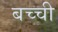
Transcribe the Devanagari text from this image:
बच्‍ची